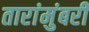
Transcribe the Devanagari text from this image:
तारांमुंबरी